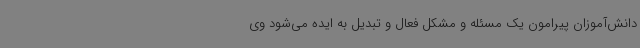
دانش‌آموزان پیرامون یک مسئله و مشکل فعال و تبدیل به ایده می‌شود وی